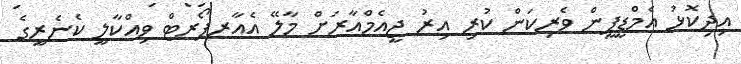
އިދިކޮޅު އެމްޑީޕީން ވެރިކަން ކުރި އިރު ޖީއެމްއާރަށް މާލޭ އެއާރޕޯރޓް ވިއްކާލީ ކެނެރީގެ